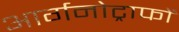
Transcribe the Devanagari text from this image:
आर्गनोट्राफों